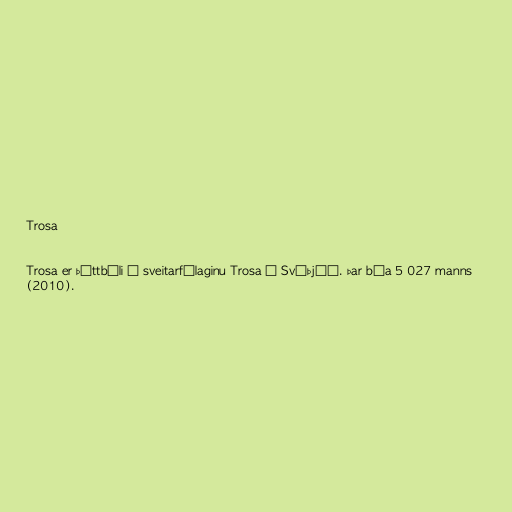
Trosa

Trosa er þéttbýli í sveitarfélaginu Trosa í Svíþjóð. Þar búa 5 027 manns
(2010).